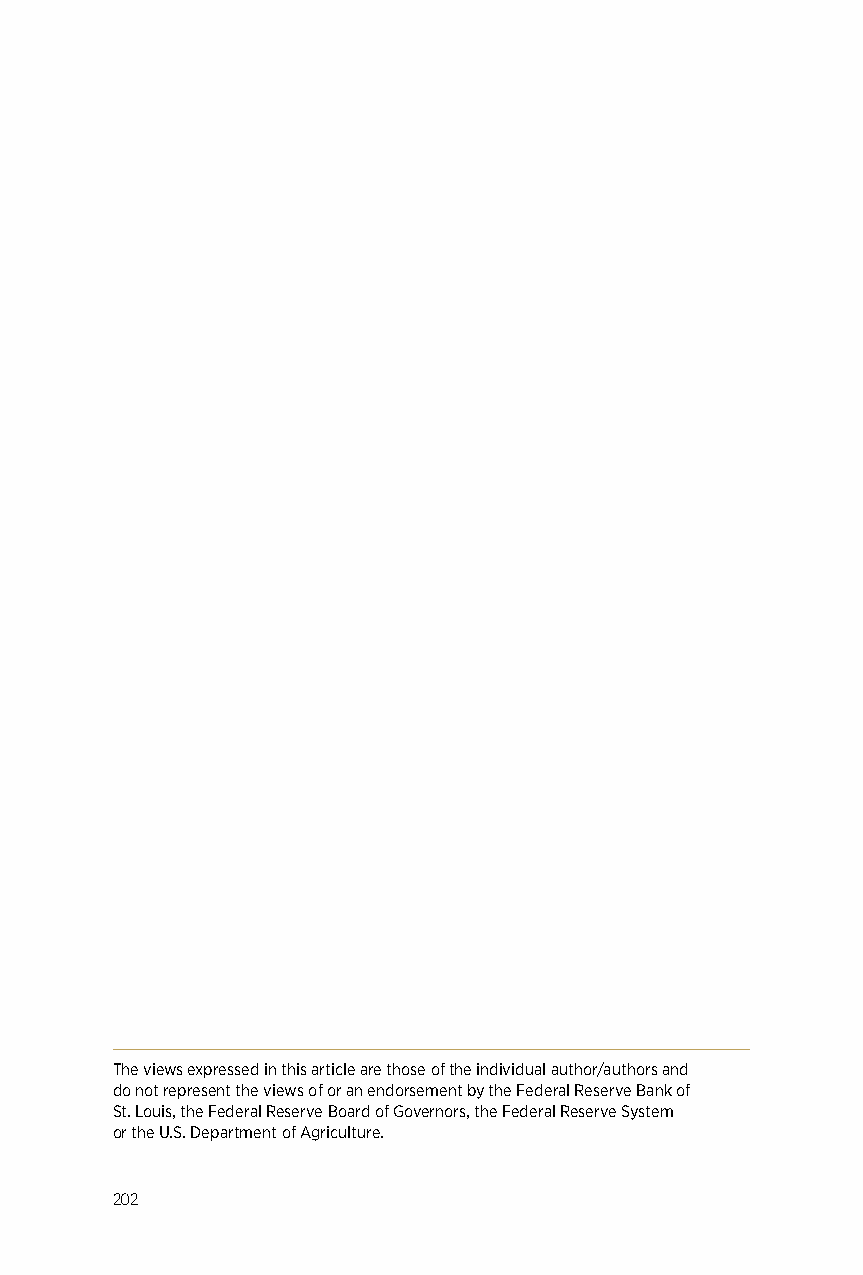
The views expressed in this article are those of the individual author/authors and
 do not represent the views of or an endorsement by the Federal Reserve Bank of
 St. Louis, the Federal Reserve Board of Governors, the Federal Reserve System
 or the U.S. Department of Agriculture.
 202